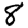
Digit: 8